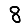
Digit: 8